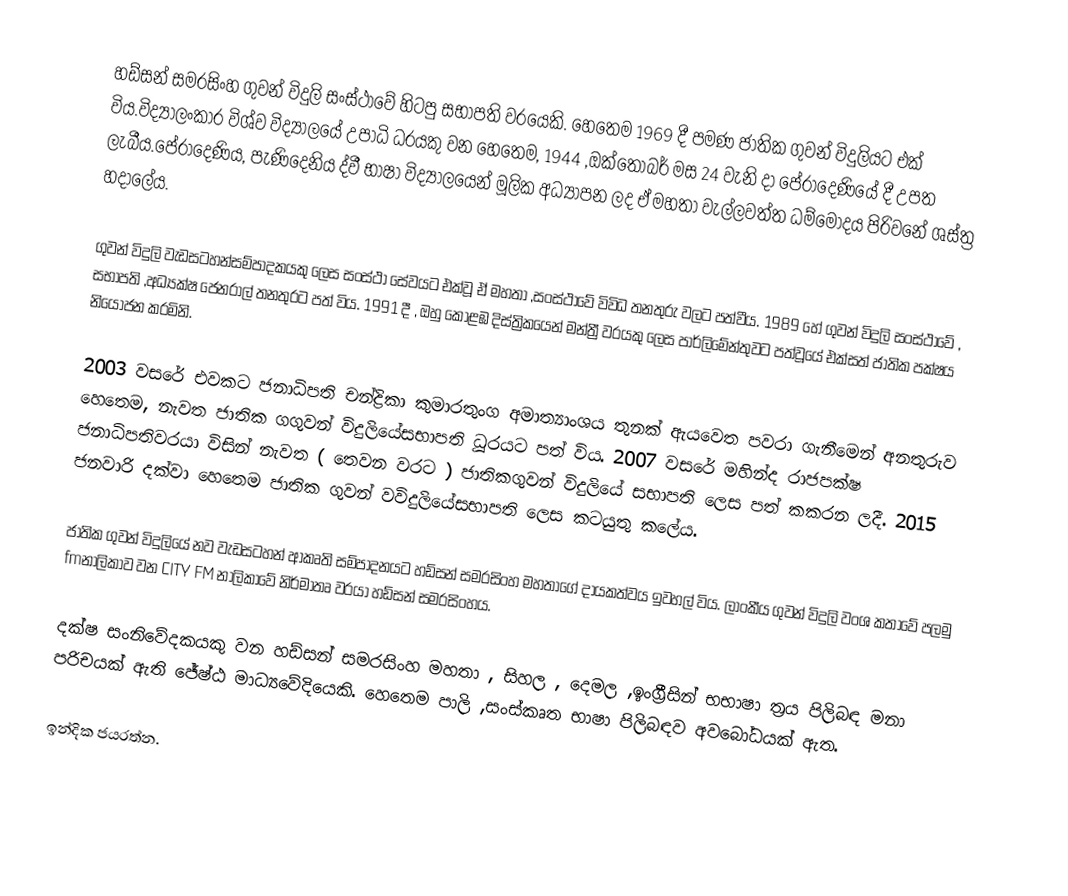
හඩ්සන් සමරසිංහ ගුවන් විදුලි සංස්ථාවේ හිටපු සභාපති වරයෙකි. හෙතෙම 1969 දී පමණ ජාතික ගුවන් විදුලියට එක් විය.විද්‍යාලංකාර විශ්ව විද්‍යාලයේ උපාධි ධරයකු වන හෙතෙම, 1944 ,ඔක්තෝබර් මස 24 වැනි දා පේරාදෙණියේ දී උපත ලැබීය.පේරාදෙණිය, පැණිදෙනිය ද්වී භාෂා විද්‍යාලයෙන් මූලික අධ්‍යාපන ලද ඒ මහතා වැල්ලවත්ත ධම්මෝදය පිරිවනේ ශස්ත්‍ර හදාලේය.

ගුවන් විදුලි වැඩසටහන්සම්පාදකයකු ලෙස සංස්ථා සේවයට එක්වූ ඒ මහතා ,සංස්ථාවේ විවිධ තනතුරු වලට පත්වීය. 1989 හේ ගුවන් විදුලි සංස්ථාවේ , සභාපති ,අධ්‍යක්ෂ ජෙනරාල් තනතුරට පත් විය. 1991 දී , ඔහු කොළඹ දිස්ත්‍රිකයෙන් මන්ත්‍රී වරයකු ලෙස පාර්ලිමේන්තුවට  පත්වූයේ එක්සත් ජාතික පක්ෂය නියෝජන කරමිනි.

2003 වසරේ   එවකට ජනාධිපති චන්ද්‍රිකා කුමාරතුංග අමාත්‍යාංශය තුනක් ඇයවෙත පවරා ගැනීමෙන් අනතුරුව හෙතෙම, නැවත ජාතික ගගුවන් විදුලියේසභාපති ධූරයට පත් විය. 2007 වසරේ මහින්ද රාජපක්ෂ ජනාධිපතිවරයා විසින් නැවත ( තෙවන වරට ) ජාතිකගුවන් විදුලියේ සභාපති ලෙස පත් කකරන ලදී. 2015 ජනවාරි දක්වා හෙතෙම ජාතික ගුවන් වවිදුලියේසභාපති ලෙස කටයුතු කලේය.

ජාතික ගුවන් විදුලියේ නව වැඩසටහන් ආකෘති  සම්පාදනයට හඩ්සන් සමරසිංහ මහතාගේ දායකත්වය ඉවහල් විය. ලාංකීය ගුවන් විදුලි වංශ කතාවේ පලමු fmනාලිකාව වන CITY FM  නාලිකාවේ නිර්මාතෘ  වරයා හඩ්සන් සමරසිංහය.

දක්ෂ සංනිවේදකයකු වන හඩ්සන් සමරසිංහ මහතා , සිහල , දෙමල ,ඉංග්‍රීසින් භභාෂා ත්‍රය  පිලිබඳ මනා පරිචයක් ඇති ජේෂ්ඨ මාධ්‍යවේදියෙකි. හෙතෙම පාලි ,සංස්කෘත භාෂා පිලිබඳව අවබෝධයක් ඇත.

ඉන්දික ජයරත්න.